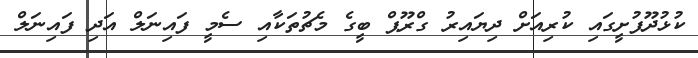
ކުޅުދޫފުށީގައި ކުރިއަށް ދިޔައިރު ގްރޫޕް ބީގެ މެޗުތަކާއި ސެމީ ފައިނަލް އަދި ފައިނަލް